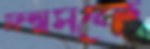
ফিল্মসকে